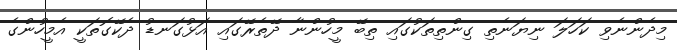
މިދެންނެވި ކަހަލަ ނިޔަނެތި ގިންތިތަކުގައި ތިބޭ މީހުންނާ ދޭތެރޭގައި އަޅުގަނޑު ދެކޭގޮތަކީ އެމީހުންގެ